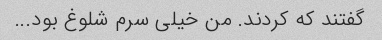
گفتند که کردند. من خیلی سرم شلوغ بود...